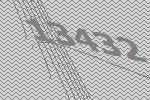
13432